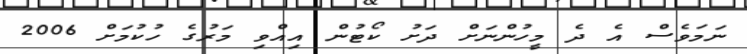
ނަމަވެސް އެ ދެ މީހުންނަށް ދަށު ކޯޓުން އިއްވި މަރުގެ ހުކުމަށް 2006